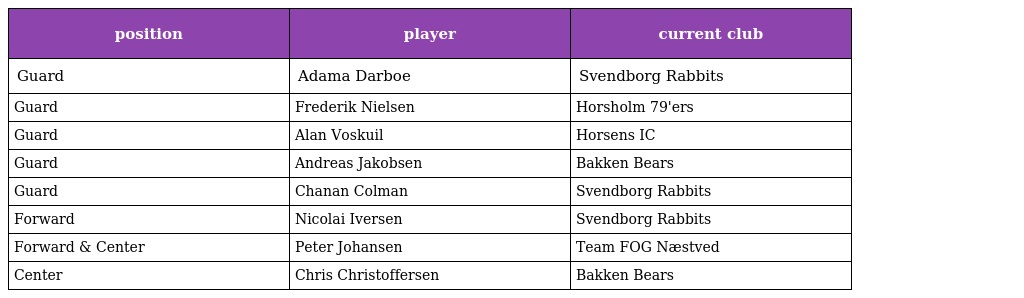
| position | player | current club |
 | --- | --- | --- |
 | Guard | Adama Darboe | Svendborg Rabbits |
 | Guard | Frederik Nielsen | Horsholm 79'ers |
 | Guard | Alan Voskuil | Horsens IC |
 | Guard | Andreas Jakobsen | Bakken Bears |
 | Guard | Chanan Colman | Svendborg Rabbits |
 | Forward | Nicolai Iversen | Svendborg Rabbits |
 | Forward & Center | Peter Johansen | Team FOG Næstved |
 | Center | Chris Christoffersen | Bakken Bears |